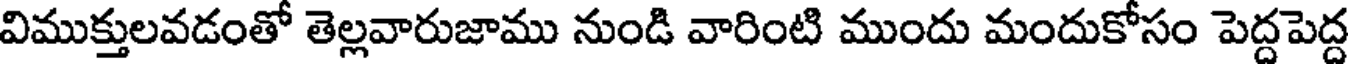
విముక్తులవడంతో తెల్లవారుజాము నుండి వారింటి ముందు మందుకోసం పెద్ద పెద్ద